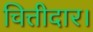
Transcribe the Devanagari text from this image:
चित्तीदार।